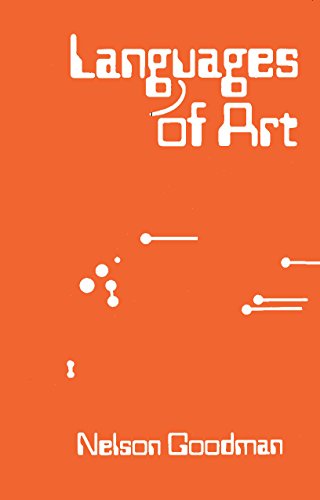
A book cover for Languages of Art; Nelson Goodman; Politics & Social Sciences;